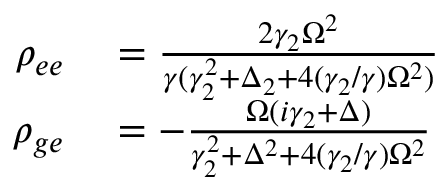
\begin{array} { r l } { \rho _ { e e } } & { { } = \frac { 2 \gamma _ { 2 } \Omega ^ { 2 } } { \gamma ( \gamma _ { 2 } ^ { 2 } + \Delta _ { 2 } + 4 ( \gamma _ { 2 } / \gamma ) \Omega ^ { 2 } ) } } \\ { \rho _ { g e } } & { { } = - \frac { \Omega ( i \gamma _ { 2 } + \Delta ) } { \gamma _ { 2 } ^ { 2 } + \Delta ^ { 2 } + 4 ( \gamma _ { 2 } / \gamma ) \Omega ^ { 2 } } } \end{array}